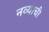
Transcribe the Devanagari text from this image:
नव्याची